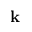
\mathbf { k }